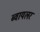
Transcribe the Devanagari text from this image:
ब्वायलर